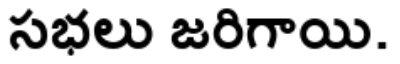
సభలు జరిగాయి.